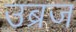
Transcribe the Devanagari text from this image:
उब्रज